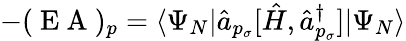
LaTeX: -(\mathrm{~E~A~})_{p}=\langle\Psi_{N}|\hat{a}_{p_{\sigma}}[\hat{H},\hat{a}_{p_{\sigma}}^{\dagger}]|\Psi_{N}\rangle